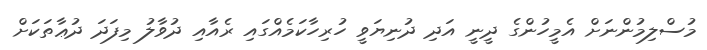
މުސްލިމުންނަށް އެމީހުންގެ ދީނީ އަދި ދުނިޔަވީ ހުރިހާކަމެއްގައި ރެއާއި ދުވާލު މިފަދަ ދުޢާތަކަށް